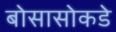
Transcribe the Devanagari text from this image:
बोसासोकडे